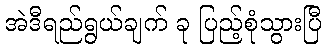
အဲဒီရည်ရွယ်ချက် ခု ပြည့်စုံသွားပြီ